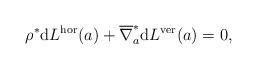
LaTeX: \begin{align*} \rho ^\ast \mathrm{d} L ^\textup{hor} (a) + \overline{ \nabla }_a ^\ast \mathrm{d} L ^\textup{ver} (a) = 0 , \end{align*}